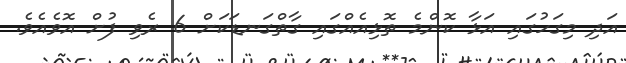
އަދި މިގަހުގައި އަޅާ ކޮންމެ ތޮޅިއެއްގައި ގާތްގަނޑަކަށް 6 ރެވި ފުށް އޮވެއެވެ.